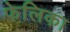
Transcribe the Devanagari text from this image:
फेलिका